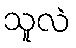
သူလဲ